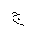
Letter: _gim